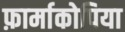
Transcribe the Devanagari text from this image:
फ़ार्माकोपिया